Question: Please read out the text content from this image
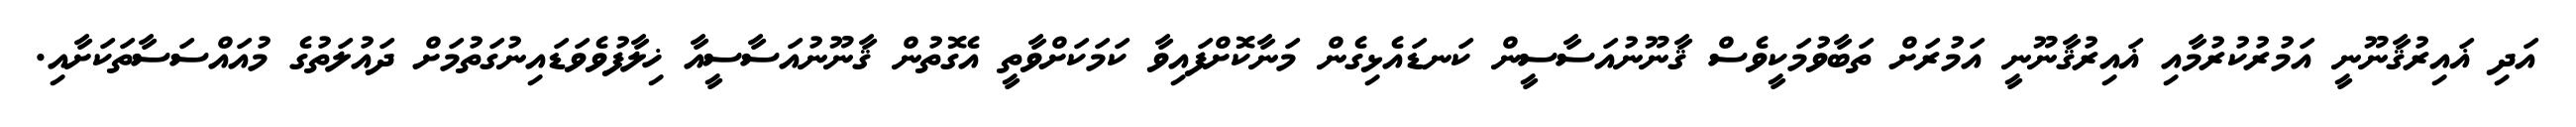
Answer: އަދި ޣައިރުޤާނޫނީ އަމުރުކުރުމާއި ޣައިރުޤާނޫނީ އަމުރަށް ތަބާވުމަކީވެސް ޤާނޫނުއަސާސީން ކަނޑައެޅިގެން މަނާކޮށްފައިވާ ކަމަކަށްވާތީ އެގޮތުން ޤާނޫނުއަސާސީއާ ޚިލާފުވެވަޑައިނުގަތުމަށް ދައުލަތުގެ މުއައްސަސާތަކަށާއި.